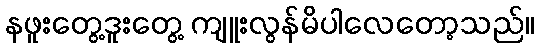
နဖူးတွေ့ဒူးတွေ့ ကျူးလွန်မိပါလေတော့သည်။